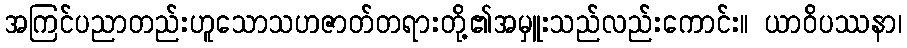
အကြင်ပညာတည်းဟူသောသဟဇာတ်တရားတို့၏အမှူးသည်လည်းကောင်း။ ယာဝိပဿနာ၊